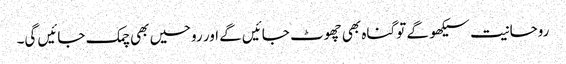
روحانیت سیکھو گے تو گناہ بھی چھوٹ جائیں گے اور روحیں بھی چمک جائیں گی۔